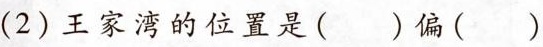
(2)王家湾的位置是()偏()